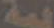
لية